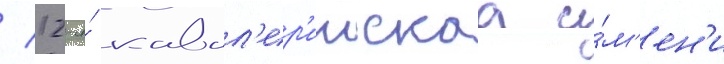
/ 12-я́ кавал'ер'иискаа и́м'ен'и